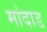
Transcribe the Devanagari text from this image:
मांदाड